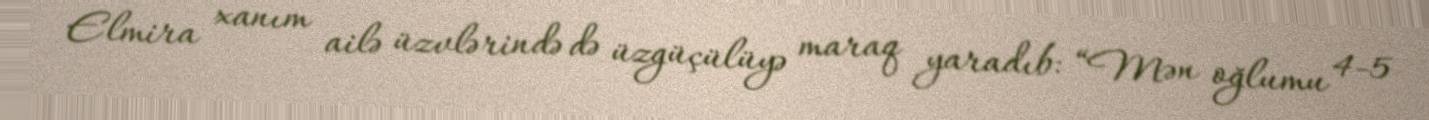
Elmira xanım ailə üzvlərində də üzgüçülüyə maraq yaradıb: “Mən oğlumu 4-5